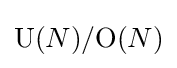
\mathrm {U} (N)/\mathrm {O} (N)